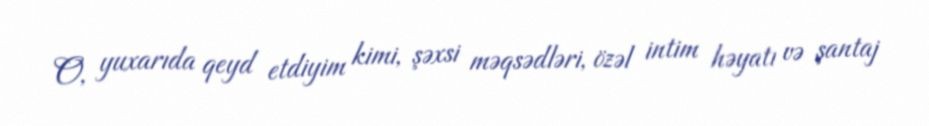
O, yuxarıda qeyd etdiyim kimi, şəxsi məqsədləri, özəl intim həyatı və şantaj